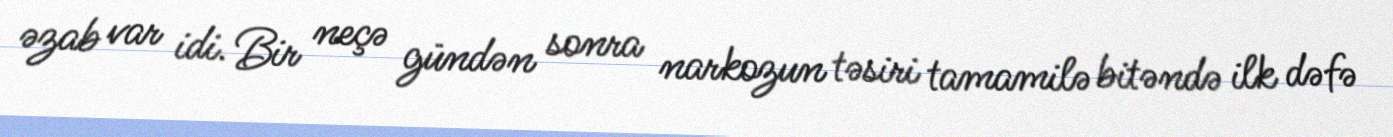
əzab var idi. Bir neçə gündən sonra narkozun təsiri tamamilə bitəndə ilk dəfə